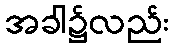
အခါ၌လည်း